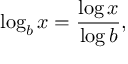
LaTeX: \log _ { b } x = { \frac { \log x } { \log b } } ,